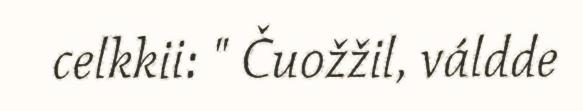
celkkii: " Čuožžil, váldde